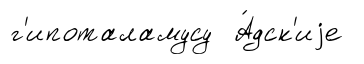
г'ипоталамусу А́дск'иjе